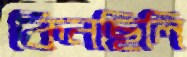
কিনছিলি